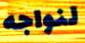
لنواجه